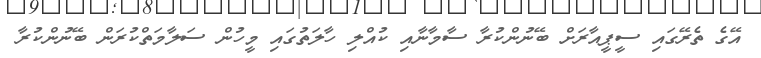
އޭގެ ތެރޭގައި ސީޕީއާރަށް ބޭނުންކުރާ ސާމާނާއި ކުއްލި ހާލަތުގައި މީހުން ސަލާމަތްކުރަން ބޭނުންކުރާ